Indian journal of veterinary science and animal husbandry - Volumes 15-17, 1948-1951
Year: 1948
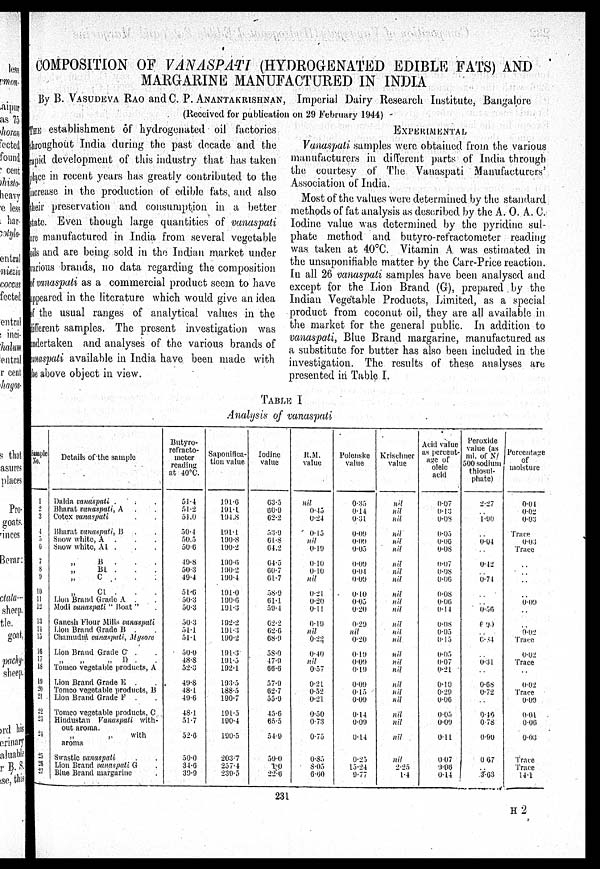
COMPOSITION OF VANASPATI (HYDROGENATED EDIBLE FATS) AND
MARGARINE MANUFACTURED IN INDIA
By B. VASUDEVA RAO and C. P. ANANTAKRISHNAN, Imperial Dairy Research Institute, Bangalore
(Received for publication on 29 February 1944)
THE establishment of hydrogenated oil factories
broughout India during the past decade and the
rapid development of thi s industry that has taken
place in recent years has greatly contributed to the
increase in the production of edible fats and also
their preservation and consumption in a better
state. Even though large quantities of vanaspati
are manufactured in India from several vegetable
oils and are being sold in the Indian market under
various brands, no data regarding the composition
of vanaspati as a commercial product seem to have
appeared in the literature which would give an idea
of the usual ranges of analytical values in the
different samples. The present investigation was
undertaken and analyses of the various brands of
vanaspati available in India have been made with
the above object in view.
EXPERIMENTAL
Vanaspati samples were obtained from the various
manufacturers in. different parts of India through
the courtesy of The Vanaspati Manufacturers'
Association of India.
Most of the values were determined by the standard
methods of fat analysis as described by the A. O. A. C.
Iodine value was determined by the pyridine sul-
phate method and butyro-refractometer reading
was taken at 40°C. Vitamin A. was estimated in
the unsaponifiable matter by the Carr-Price reaction,
In all 26 vanaspati samples have been analysed and
except for the Lion Brand (G), prepared by the
Indian Vegetable Products, Limited, as a special
product from coconut oil, they are all available in
the market for the general public. In addition to
vanaspati, Blue Brand margarine, manufactured as
a substitute for butter has also been included in the
investigation. The results of these analyses are
presented in Table I.
TABLE I
Analysis of vanaspati
Sample
No.
1
2
3
4
5
6
7
8 9
10
11
12
13
14
15
16
17
18
19
20
21
22
23
24
25
26
27
Details of the sample
Dalda vanaspati .
Bharat vanaspati, A
Cotex vanaspati
Bharat vanaspati. B
Snow white, A
.
Snow white, A1 .
„ B
„ B1
„ c .
„ C1 .
Lion Brand Grade A .
Modi vanaspati " Boat "
Ganesh Flour Mills vanaspati
Lion Brand Grade B .
Chamudni vanaspati,
Mysore
Lion Brand Grade C .
„ „ „ n .
Tomco vegetable products, A
Lion Brand Grade E .
Tomco vegetable products, B
Lion Brand Grade F .
Tomco vegetable products, C
Hindustan Vanaspati
with-
out aroma.
„ „ with
aroma
Swastic vanaspati
Lion Brand vanaspati G
Blue Brand margarine
Butyro-
refracto-
meter
reading
at 40°C.
51.4
51.2
51.0
50.4
50.5
50.6
49.8
50.3
49.4
51.5
50.3
50.3
50.3
51.1
51.1
50.0
48.8
52.3
49.8
48.1
40.6
48.1
51.7
52.6
50.0
34.6
39.9
Saponifica-
tion value
191.6
191.1
194.8
191.1
190.8
190.2
190.6
190.2
190.4
191.0
190.6
191.3
192.2
191.3
190.2
191.3
191.5
192.1
193.5
188.5
190.7
191.5
190.4
190.5
203.7
257.4
239.5
Iodine
value
63.5
60.9
62.2
53.9
61.8
64.2
64.5
60.7
61.7
58.9
61.1
59.4
62.2
62.6
68.9
58.0
47.9
66.6
57.9
62.7
55.9
45.6
65.5
54.9
59.0
7.0
22.6
JUL
value
nil
0.45
0.24
0.15
nil
0.19
0.10
0.10
nil
0.21
0.20
0.11
0.19
nil
0.22
0.10
nil
0.57
0.21
0.52
0.21
0.50
0.73
0.75
0.85
8.05
6.60
Polenske
value
0.35
0.14
0.31
0.09
0.09
0.05
0.09
0.04
0.09
0.10
0.05
0.20
0.29
nil
0.20
0.19
0.09
0.19
0.09
0.15
0.09
0.14
0.09
0.14
0.25
15.24
9.77
Krischner
value
nil
nil
nil
nil
nil
nil
nil
nil
nil
nil
nil
nil
nil
nil
nil
nil
nil
nil
nil
nil
nil
nil
nil
nil
nil
2.25
1.4
Acid value
as percent-
age of
oleic
acid
0.07
0.13
0.08
0.05
0.06
0.08
0.07
0.08
0.06
0.08
0.06
0.14
0.08
0.05
0.15
0.05
0.07
0.21
0.10
0.29
0.06
0.05
0.09
0.11
007
3.06
0.14
Peroxide
value (as
ml. of N/
500 sodium
thiosul-
phate)
2.27
.. 1.99
..
0.04
..
0.12
.. 0.74
..
.. 9.56
6.99
.. 6.54
..
0.31
..
0.68
0.72
..
0.46
078
0.90
0.67
.. 3.63
Percentage
of
moisture
0.04
0.02
0.03
Trace
0.06
Trace
..
..
..
..
0.09
..
..
0.02
Trace
0.02
Trace
..
0.02
Trace
0.09
0.01
0.06
0.03
Trace
Trace
14.1
231
H 2